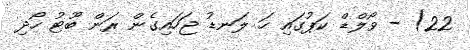
22) - ވޯލްޑް ކަޕުގައި ހަ ލަނޑު ޖަހައިގެން ރަން ބޫޓު ހޯދި